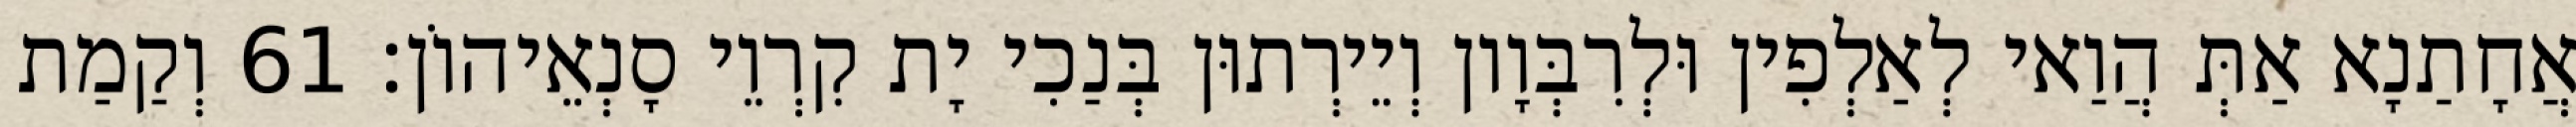
אֲחָתַנָא אַתְּ הֲוַאי לְאַלְפִין וּלְרִבְּוָון וְיֵירְתוּן בְּנַכִי יָת קִרְוֵי סָנְאֵיהוֹן׃ 61 וְקַמַת